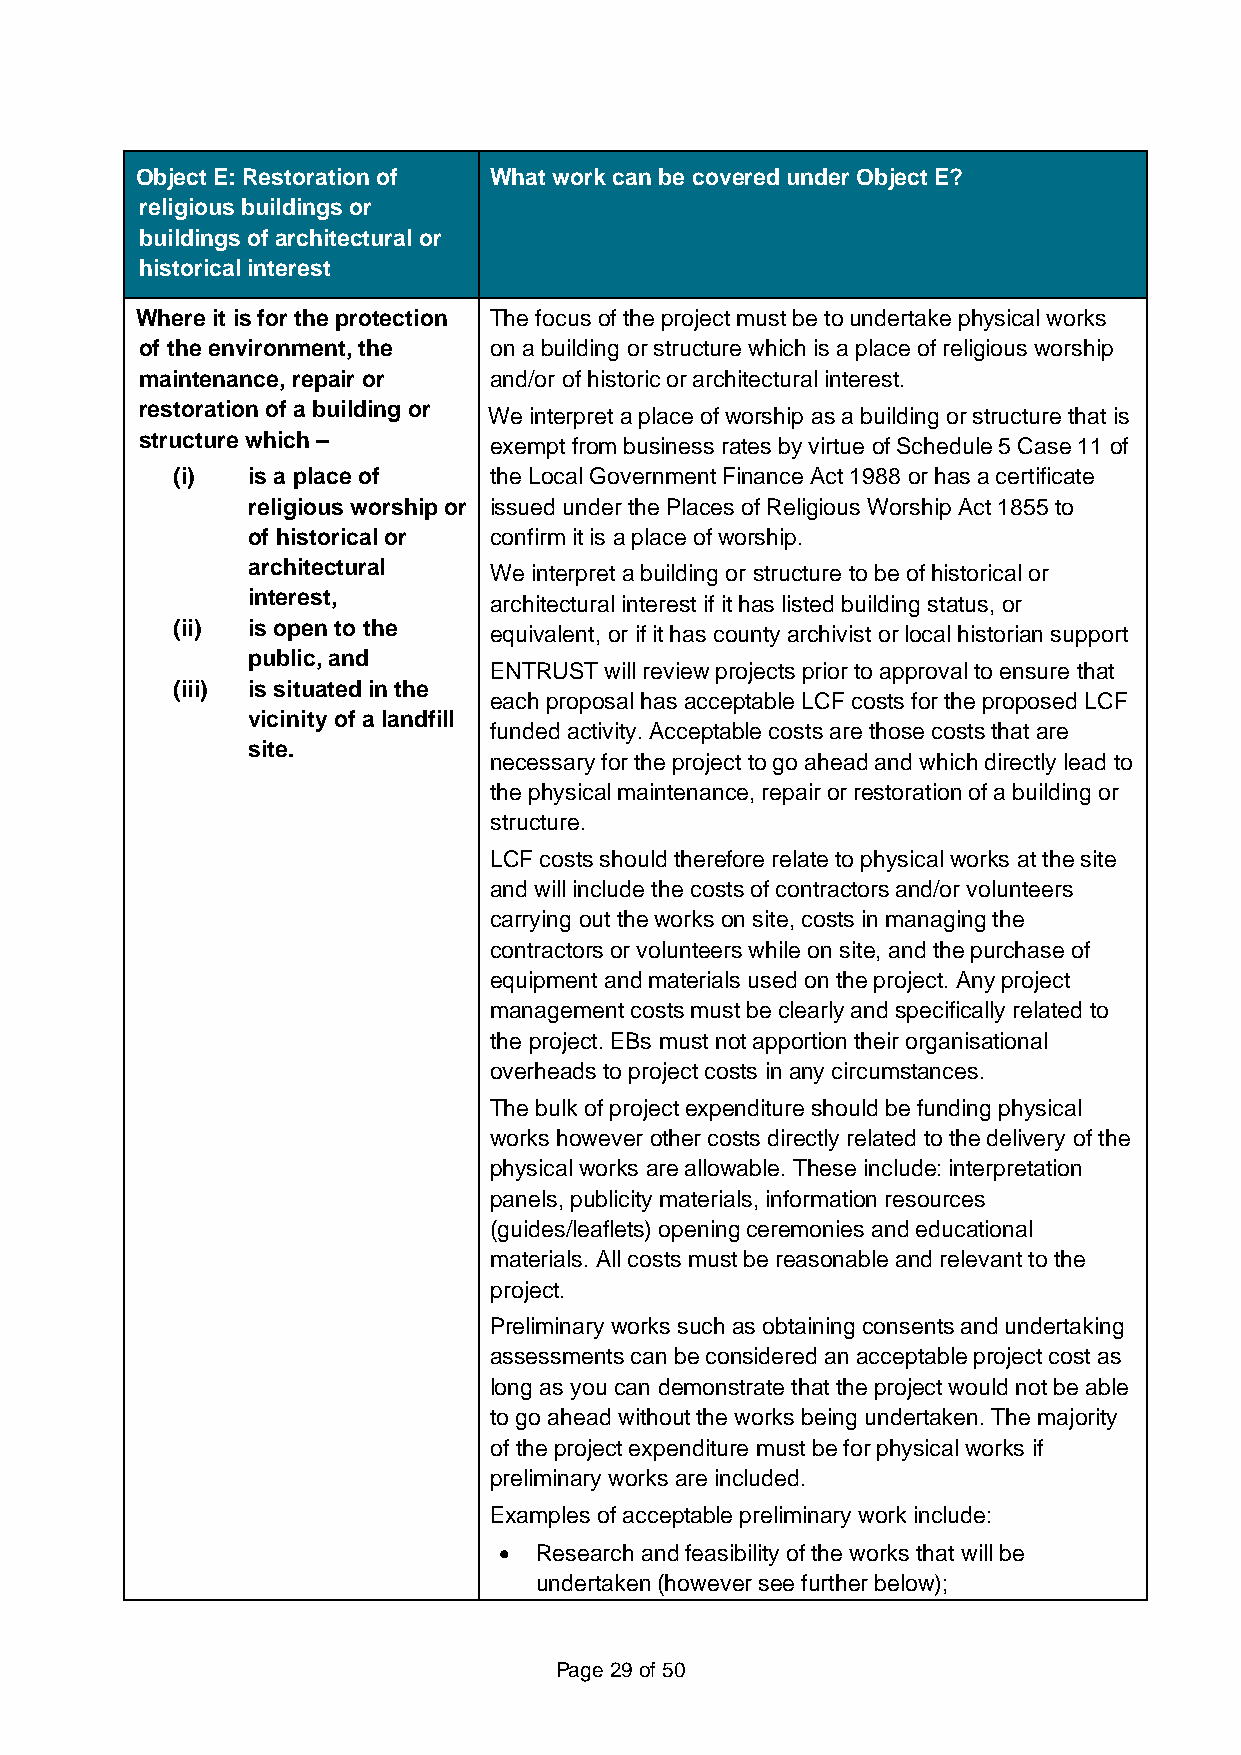
Object E: Restoration of What work can be covered under Object E?
 religious buildings or
 buildings of architectural or
 historical interest
 Where it is for the protection The focus of the project must be to undertake physical works
 of the environment, the on a building or structure which is a place of religious worship
 maintenance, repair or and/or of historic or architectural interest.
 restoration of a building or We interpret a place of worship as a building or structure that is
 structure which –      exempt from business rates by virtue of Schedule 5 Case 11 of
 (i)  is a place of   the Local Government Finance Act 1988 or has a certificate
 religious worship or issued under the Places of Religious Worship Act 1855 to
 of historical or confirm it is a place of worship.
 architectural   We interpret a building or structure to be of historical or
 interest,       architectural interest if it has listed building status, or
 (ii) is open to the  equivalent, or if it has county archivist or local historian support
 public, and
 ENTRUST will review projects prior to approval to ensure that
 (iii) is situated in the
 each proposal has acceptable LCF costs for the proposed LCF
 vicinity of a landfill
 funded activity. Acceptable costs are those costs that are
 site.
 necessary for the project to go ahead and which directly lead to
 the physical maintenance, repair or restoration of a building or
 structure.
 LCF costs should therefore relate to physical works at the site
 and will include the costs of contractors and/or volunteers
 carrying out the works on site, costs in managing the
 contractors or volunteers while on site, and the purchase of
 equipment and materials used on the project. Any project
 management costs must be clearly and specifically related to
 the project. EBs must not apportion their organisational
 overheads to project costs in any circumstances.
 The bulk of project expenditure should be funding physical
 works however other costs directly related to the delivery of the
 physical works are allowable. These include: interpretation
 panels, publicity materials, information resources
 (guides/leaflets) opening ceremonies and educational
 materials. All costs must be reasonable and relevant to the
 project.
 Preliminary works such as obtaining consents and undertaking
 assessments can be considered an acceptable project cost as
 long as you can demonstrate that the project would not be able
 to go ahead without the works being undertaken. The majority
 of the project expenditure must be for physical works if
 preliminary works are included.
 Examples of acceptable preliminary work include:
 • Research and feasibility of the works that will be
 undertaken (however see further below);
 Page 29 of 50